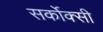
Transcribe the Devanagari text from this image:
सर्कोक्सी